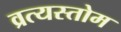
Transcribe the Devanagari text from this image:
व्रत्यस्तोम